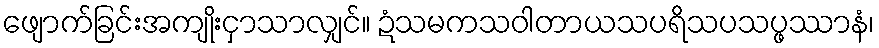
ဖျောက်ခြင်းအကျိုးငှာသာလျှင်။ ဍံသမကသဝါတာယသပရိသပသပ္ဖဿာနံ၊